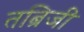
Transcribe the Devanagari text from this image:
तब्रिजी